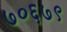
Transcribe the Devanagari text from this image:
७०६७९